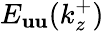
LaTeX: E_{\mathbf{u}\mathbf{u}}(k_{z}^{+})